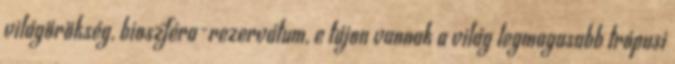
világörökség, bioszféra-rezervátum, e tájon vannak a világ legmagasabb trópusi